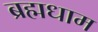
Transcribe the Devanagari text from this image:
ब्रह्मधाम